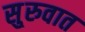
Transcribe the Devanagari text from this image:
सु्रुवात